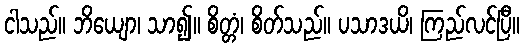
ငါသည်။ ဘိယျော၊ သာ၍။ စိတ္တံ၊ စိတ်သည်။ ပသာဒယိ၊ ကြည်လင်ပြီ။